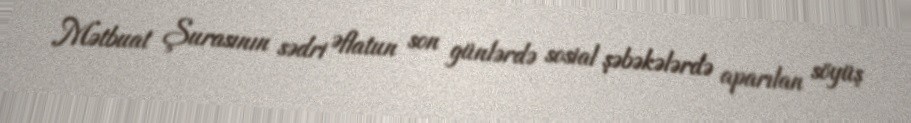
Mətbuat Şurasının sədri Əflatun son günlərdə sosial şəbəkələrdə aparılan söyüş